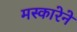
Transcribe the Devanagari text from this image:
मस्कारेने